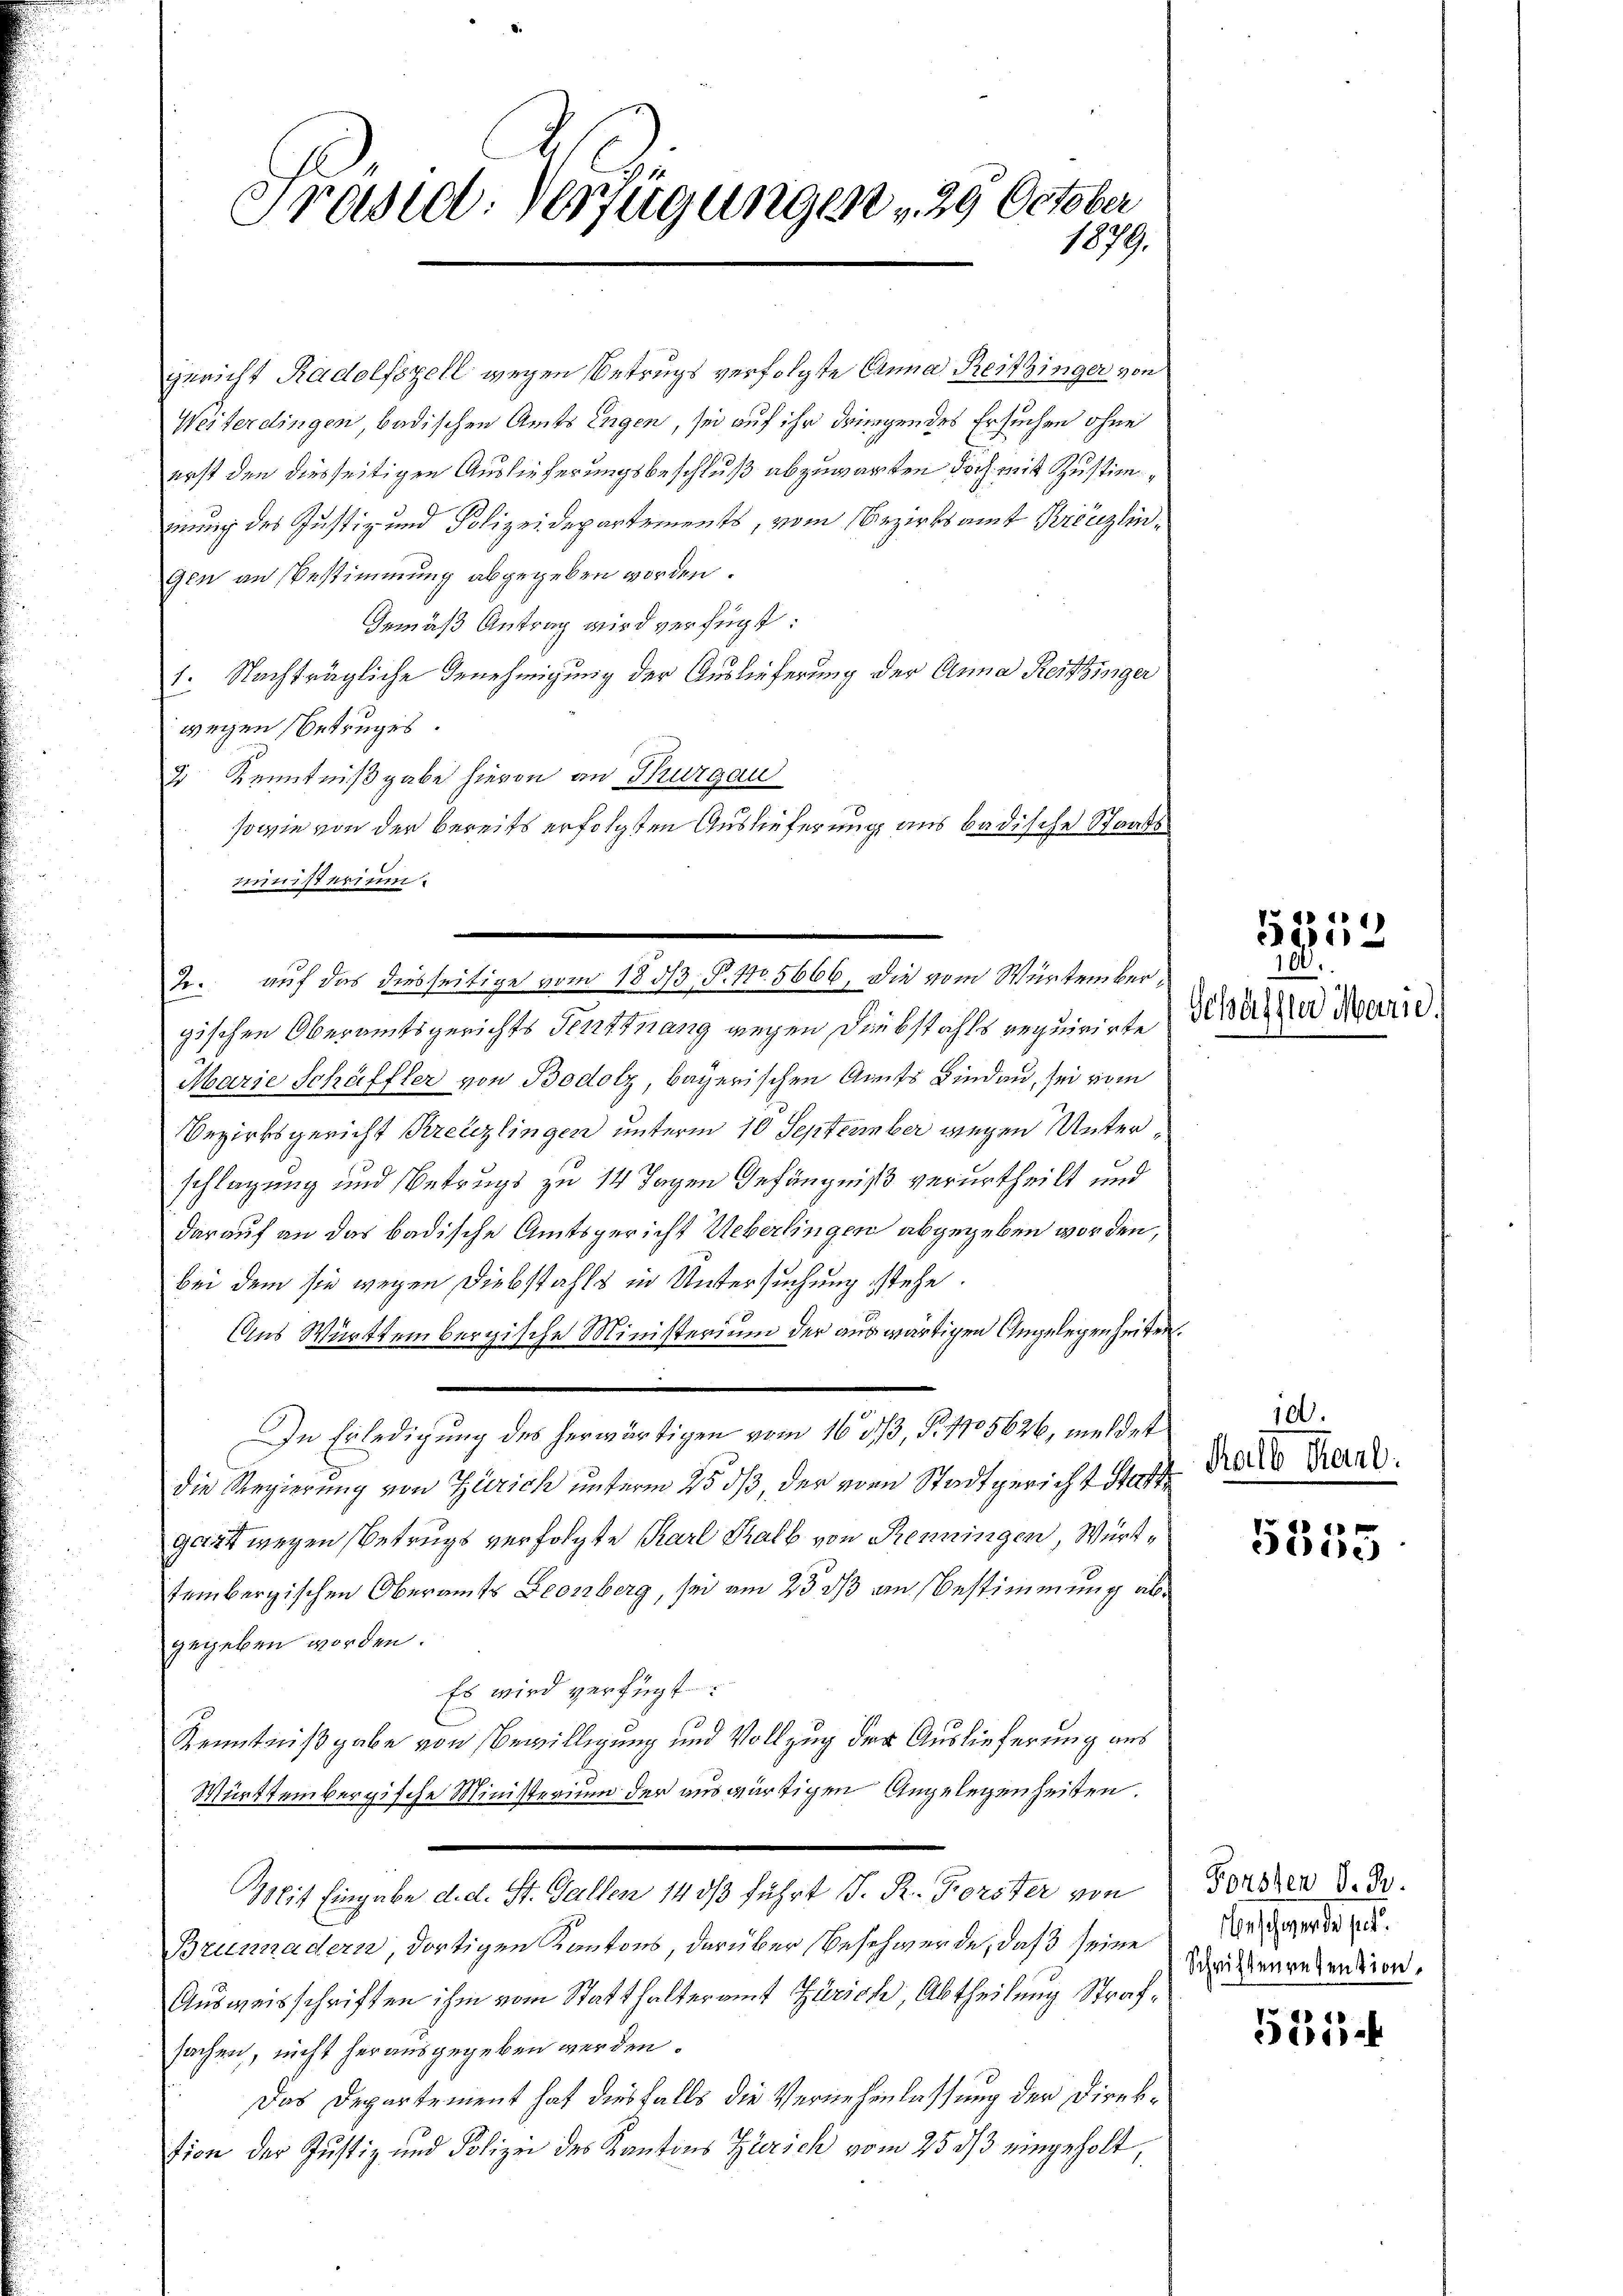
Präsid. Verfügungen 29 October
1879.

gericht Radolfszell wegen Betrugs verfolgte Canna Reitzinger, von
Weiterdingen badischen Amts Engen, sei auf ihr dringendes Ersuchen ohne
erst den diesseitigen Auslieferungsbeschluß abzuwarten doch mit Zustimiung des Justiz- und Polizeidepartements, vom Bezirksamt Kreuzlin¬
Gen an Bestimmung abgegeben worden.
Gemäß Antrag wird verfügt:
1. Nachträgliche Genehmigung der Auslieferung der Anna Reitzinger
wegen Betruges.
2 Kenntnißgabe hievon an Thurgau
sowie von der bereits erfolgten Auslieferung aus badische Staatsministerium.
gischen Oberamtsgerichts Fenstnang wegen Diebstahls requirirte
Marie Schäffler von Bodolz, bayerischen Amts Bindau, sei vom
Bezirksgericht Kreuzlingen unterm 10 September wegen Unterschlagung und Betrugs zu 14 Tagen Gefängniß verurtheilt und
darauf an das badische Amtsgericht Ueberlingen abgegeben worden,
bei dem sie wegen Diebstahls in Untersuchung stehe.
Aus Württembergische Ministerium der auswärtigen Angelegenheiten
In Erledigung des herwärtigen vom 16. 33, Fr. 1705626, meldet
die Regierung von Zürich unterm 25. ds, der vom Stadtgericht statt
gart wegen Betrugs verfolgte Karl Kalb von Renningen, Württembergischen Oberamts Leonberg, sei am 23. ds an Bestimmung abgegeben worden.
Es wird verfügt:
Kenntnißgabe von Bewilligung und Vollzug der Auslieferung aus
Württembergische Ministerium der auswärtigen Angelegenheiten.
Mit Eingabe d. d. St. Gallen 143/3 führt P. R. Forster von
Brunnadern, dortigen Kantons, darüber Beschwerde, daß seine
Ausweisschriften ihm vom Statthalteramt Zürich, Abtheilung Strafsachen, nicht herausgegeben werden.
Das Departement hat diesfalls die Vernehmlassung der Direktion der Justiz und Polizei des Kantons Zürich vom 25 2/3 eingeholt,

2. auf das diesseitige vom 1833. P. No. 5666. Die vom Würtember¬

51833.

Schöffler Marie.

100.
Kalb Hartl.

5355

Forsten d. B.
eschen d. Js.
Schriften revention.

35